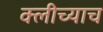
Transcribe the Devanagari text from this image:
क्लीच्याच